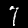
Digit: 7